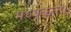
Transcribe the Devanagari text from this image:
मध्यकल्प